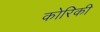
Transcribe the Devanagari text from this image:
कोरिकी